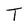
Character: T